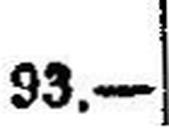
93.—